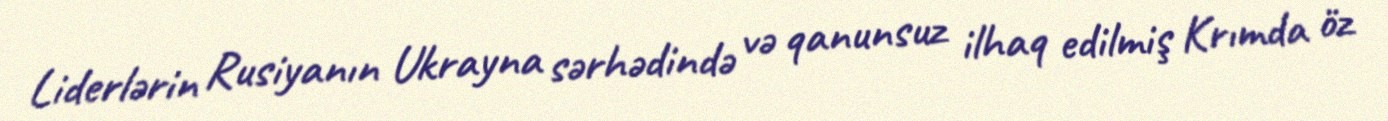
Liderlərin Rusiyanın Ukrayna sərhədində və qanunsuz ilhaq edilmiş Krımda öz